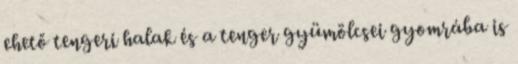
ehető tengeri halak és a tenger gyümölcsei gyomrába is